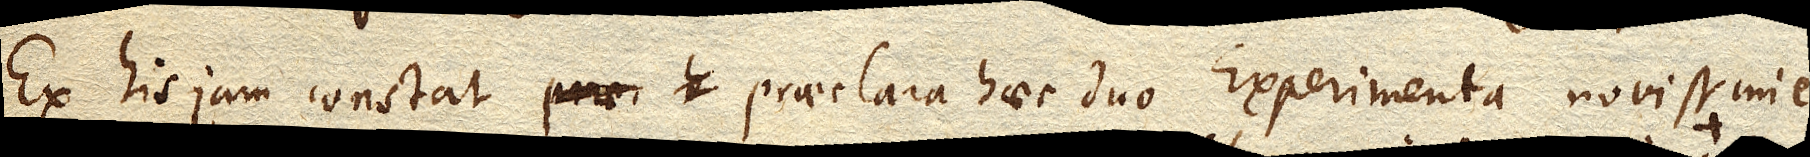
Ex his jam constat praeclara haec duo Experimenta novissime